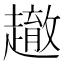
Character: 𲃓